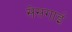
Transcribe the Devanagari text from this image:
सेसगाई